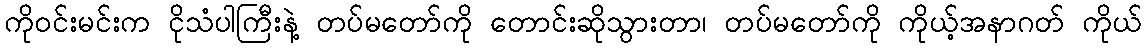
ကိုဝင်းမင်းက ငိုသံပါကြီးနဲ့ တပ်မတော်ကို တောင်းဆိုသွားတာ၊ တပ်မတော်ကို ကိုယ့်အနာဂတ် ကိုယ်